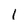
Character: I